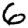
Digit: 6